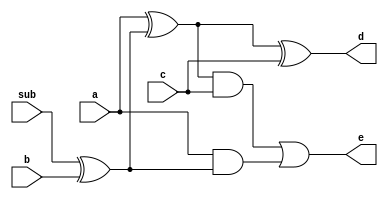
module lab1_1(a, b, c, sub, d, e);
    input a, b, c;
    input sub;
    output d, e;
    wire a, b, c;
    wire sub;
    wire d, e;
    
    wire xor_a_b;
    wire xor_sub_b;
    wire and_ab_c;
    wire and_a_b;
    
    xor xor1(xor_sub_b, sub, b);
    xor xor2(xor_a_b, a, xor_sub_b);
    xor xor3(d, xor_a_b, c);
    
    and and1(and_ab_c, xor_a_b, c);
    and and2(and_a_b, a, xor_sub_b);
    or or1(e, and_ab_c, and_a_b);
    
endmodule